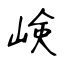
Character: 𡸴